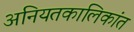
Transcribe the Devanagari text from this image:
अनियतकालिकांत